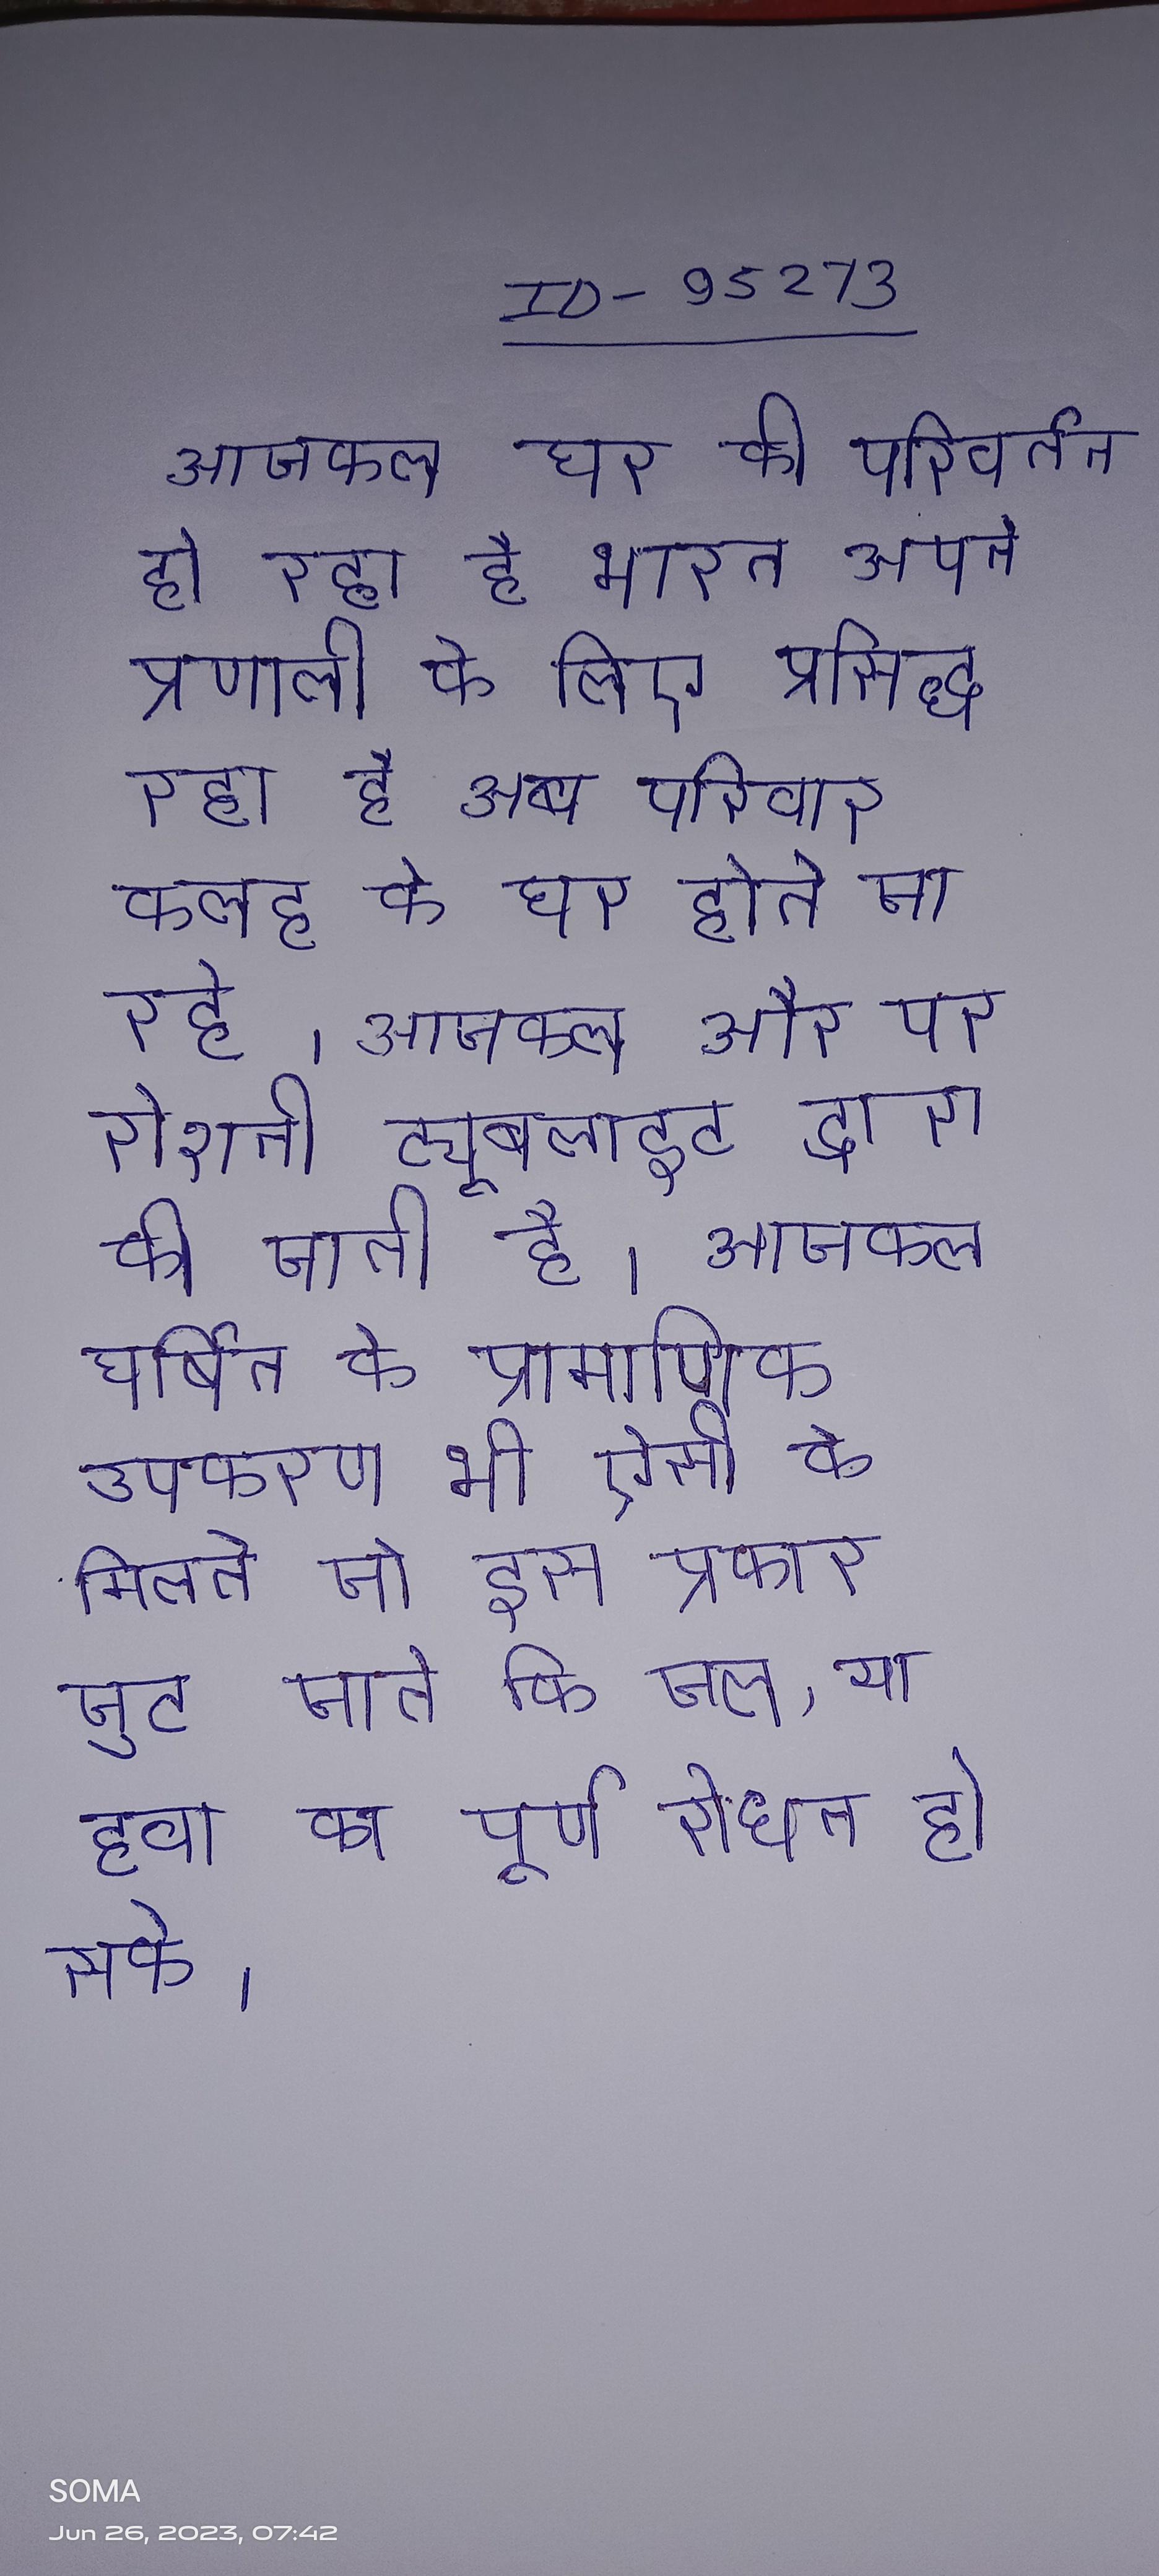
आजकल घर की परिवर्तन हो रहा है भारत अपने प्रणाली के लिए प्रसिद्ध रहा है अब परिवार कलह के घर होते जा रहे । आजकल और पर रोशनी ट्यूबलाइट द्वारा की जाती है । आजकल घर्षित के प्रामाणिक उपकरण भी ऐसी के मिलते जो इस प्रकार जुट जाते कि जल, या हवा का पूर्ण रोधन हो सके ।